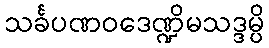
သင်္ခပဏဝဒေဏ္ဍိမသဒ္ဒမ္ပိ